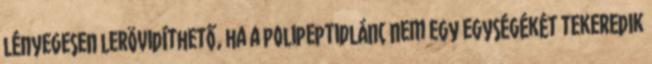
lényegesen lerövidíthető, ha a polipeptidlánc nem egy egységékét tekeredik